Vaccination in Bombay 1902-1912 - 1902-1912
Year: 1902
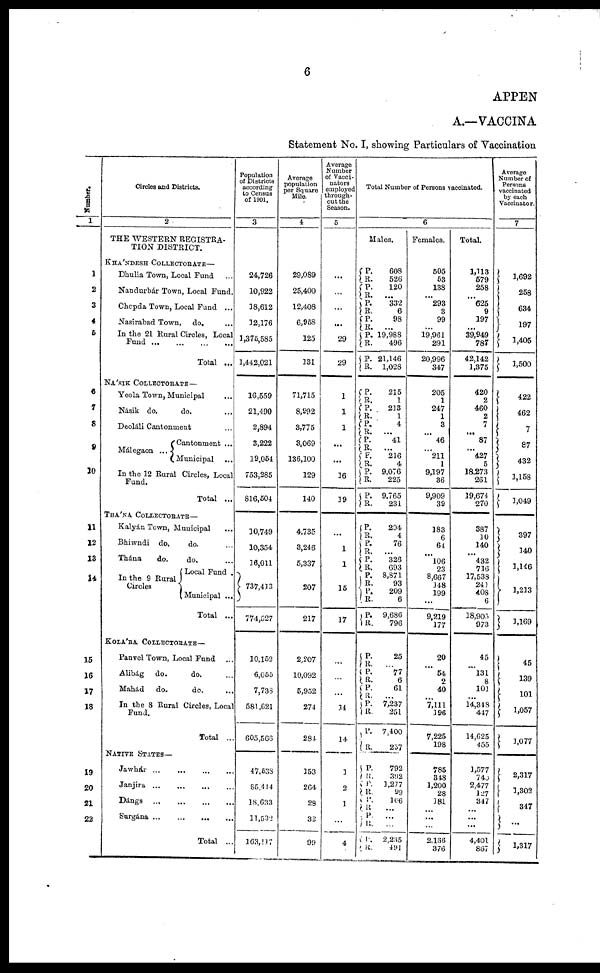
6
APPEN
A.—VACCINA
Statement No. I, showing Particulars of Vaccination
Number.
1
1
2
3
4
5
6
7
8
9
10
11
12
13
14
15
16
17
18
19
20
21
22
Circles and Districts.
2
THE WESTERN REGISTRA-
TION DISTRICT.
KHÁNDESH COLLECTORATE—
Dhulia Town, Local Fund ...
Nandurbár Town, Local Fund.
Chopda Town, Local Fund ...
Nasirabad Town,
do. ...
In the 21 Rural Circles, Local
Fund
...
...
...
...
Total ...
NÁSIK COLLECTORATE —
Yeola Town, Municipal ...
Násik do.
do. ...
Deoláli Cantonment ...
Málegaon ...
In the 12 Rural
Fund.
Cantonment ...
Municipal
...
Circles, Local
Total ...
THÁNA COLLECTORATE—
Kalyán Town, Municipal ...
Bhiwndi do.
do. ...
Thána
do.
do. ...
In the 9 Rural
Circles
Local Fund .
Municipal ...
Total ...
KOLÁBA COLLECTORATE—
Panvel Town, Local Fund ...
Alibág
do.
do. ...
Mahád
do.
do. ...
In the 8 Rural Circles, Local
Fund.
Total ..
NATIVE STATES—
Jawhár ...
...
...
...
Janjira ...
...
...
...
Dángs
...
...
...
...
Surgána ...
...
...
...
Total ...
Population
of Districts
according
to Census
of 1901.
3
24,726
10,922
18,612
12,176
1,375,585
1,442,021
16,559
21,490
2,894
3,222
19,054
753,285
816,504
10,749
10,354
16,011
737,413
774,527
10,152
6,055
7,738
581,621
605,566
47,538
85,414
18,633
11,532
163,117
Average
population
per Square
Mile.
4
29,089
25,400
12,408
6,958
125
131
71,715
8,992
3,775
3,069
136,100
129
140
4,735
3,246
5,337
207
217
2,207
10,092
5,952
274
284
153
264
28
32
99
Average
Number
of Vacci-
nators
employed
through-
out the
Season.
5
...
...
...
...
29
29
1
1
1
...
...
16
19
...
1
1
15
17
...
...
...
34
14
3
2
1
...
4
Total Number of Persons vaccinated.
6
Males.
P.
R.
P.
R. P.
R.
P.
R. P.
R.
P.
R.
P.
R.
P.
R.
P.
R.
P.
R. P.
R.
P.
R.
P.
R.
P.
R.
P.
R.
P.
R.
P.
R.
P.
R.
P.
R.
P.
R.
P.
R.
P.
R.
P.
R.
P.
R.
P.
R.
P.
R.
P.
R.
P.
R.
P.
R.
608
526
120
... 332
6
98
...
19,988
496
21,146
1,028
215
1
213
1
4
...
41
...
216
4
9,076
225
9,765
231
204
4
76
...
326
693
8,871
93
209
6
9,686
796
25
...
77
6
61
...
7,237
251
7,400
257
792
392
1,277
99
166
...
...
...
2,235
491
Females.
505
53
138
...
293
3
99
...
19,961
291
20,996
347
205
1
247
1
3
...
46
...
211
1
9,197
36
9,909
39
183
6
64
...
106
23
8,667
148
199
...
9,219
177
20
...
54
2
40
...
7,111
196
7,225
198
785
348
1,200
28
181
...
...
...
2,166
376
Total.
1,113
579
258
...
625
9
197
...
39,949
787
42,142
1,375
420
2
460
2
7
...
87
...
427
5
18,273
261
19,674
270
387
10
140
...
432
716
17,538
241
408
6
18,905
973
45
...
131
8
101
...
14,348
447
14,625
455
1,577
740
2,477
127
347
...
...
...
4,401
867
Average
Number of
Persons
vaccinated
by each
Vaccinator.
7
1,692
258
634
197
1,405
1,500
422
462
7
87
432
1,158
1,049
397
140
1,146
1,213
1,169
45
139
101
1,057
1,077
2,317
1,302
347
...
1,317